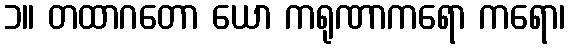
၁။ တထာဂတော ယော ကရုဏာကရော ကရော၊